Indian journal of veterinary science and animal husbandry - Volume 4,
Year: 1934
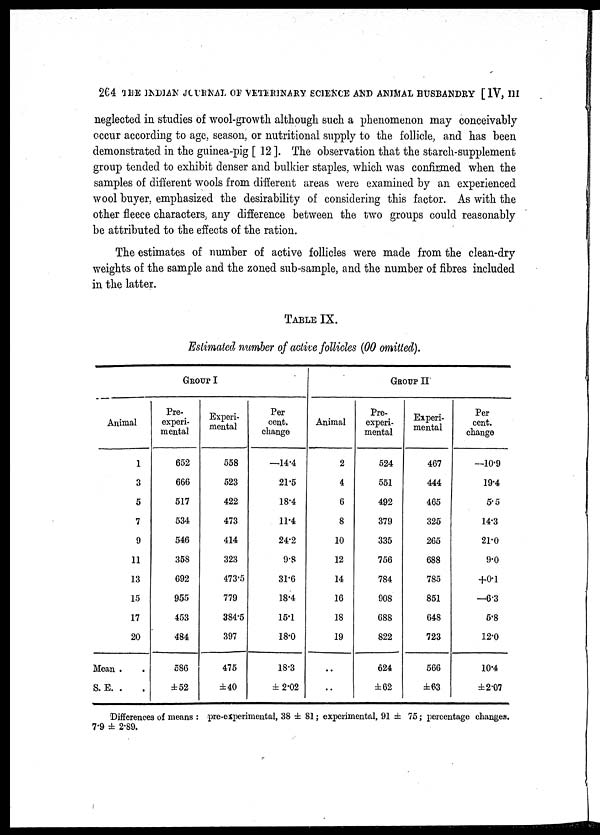
264 THE INDIAN JOURNAL OF VETERINARY SCIENCE AND ANIMAL HUSBANDRY [ IV, III
neglected in studies of wool-growth although such a phenomenon may conceivably
occur according to age, season, or nutritional supply to the follicle, and has been
demonstrated in the guinea-pig [ 12 ]. The observation that the starch-supplement
group tended to exhibit denser and bulkier staples, which was confirmed when the
samples of different wools from different areas were examined by an experienced
wool buyer, emphasized the desirability of considering this factor. As with the
other fleece characters, any difference between the two groups could reasonably
be attributed to the effects of the ration.
The estimates of number of active follicles were made from the clean-dry
weights of the sample and the zoned sub-sample, and the number of fibres included
in the latter.
TABLE IX.
Estimated number of active follicles (00 omitted).
GROUP I
Animal
1
3
5
7
9
11
13
15
17
20
Mean . .
S. E. . .
Pre¬
experi¬
mental
652
666
517
534
546
358
692
955
453
484
586
±52
Esperi¬
mental
558
523
422
473
414
323
473.5
779
384.5
397
475
±40
Per
cent.
change
—14.4
21.5
18.4
11.4
24.2
9.8
31.6
18.4
15.1
18.0
18.3
±2.02
Animal
2
4
6
8
10
12
14
16
18
19
..
..
GROUP II
Pre¬
experi¬
mental
524
551
492
379
335
756
784
908
688
822
624
±62
Experi-
mental
467
444
465
325
265
688
785
851
648
723
566
±63
Per
cent.
change
—10.9
19.4
5.5
14.3
21.0
9.0
+0.1
—6.3
5.8
12.0
10.4
±2.07
Differences of means : pre-experimental, 38 ± 81; experimental, 91 ± 75; percentage changes.
7.9 ± 2.89.